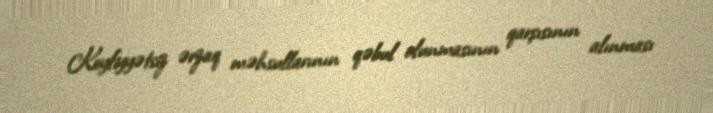
Keyfiyyətsiz ərzaq məhsullarının qəbul olunmasının qarşısının alınması